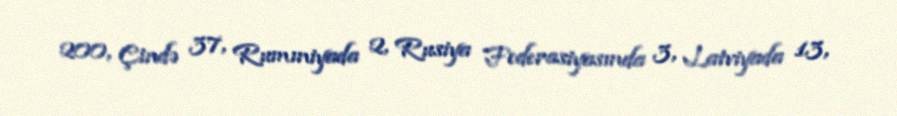
200, Çində 37, Rumıniyada 2, Rusiya Federasiyasında 3, Latviyada 13,